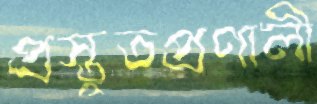
প্রস্তুতপ্রণালী